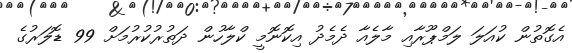
އެގޮތުން ކުއަލަ ލަމްޕޫރާއި މާލެއާ ދެމެދު އިކޮނޮމީ ކްލާހުން ދަތުރުކުރުމަށް 99 ޑޮލަރުގެ